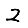
Digit: 2